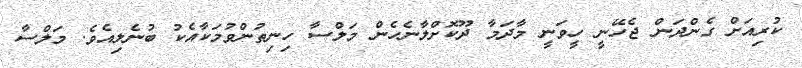
ކުރިއަށް ގެންދަން ޖެހޭނީ ހީވަނީ މާދަމާ ދޫކޮށްލާނެހެން މަލްސާ ހިނިތުންވުމަކާއެކު ބުނެލިއެވެ. މަލްސާ